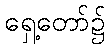
ရှေ့တော်၌